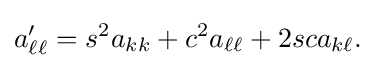
a'_{\ell \ell }=s^{2}a_{kk}+c^{2}a_{\ell \ell }+2sca_{k\ell }.\,\!